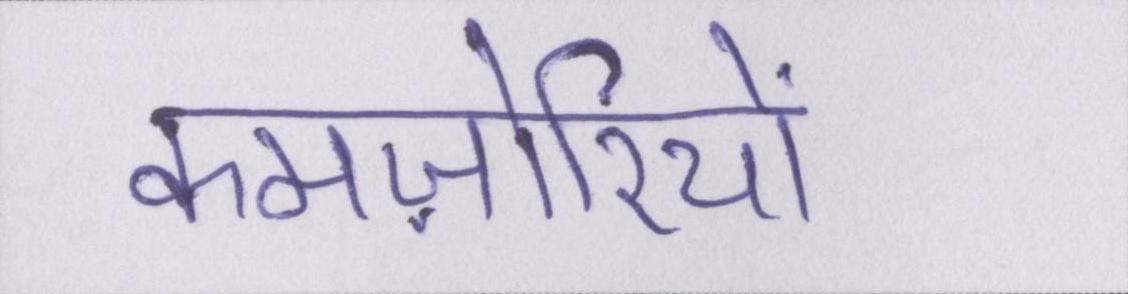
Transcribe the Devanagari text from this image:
कमज़ोरियों